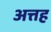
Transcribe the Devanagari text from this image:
अत्तह